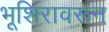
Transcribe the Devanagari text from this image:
भूशिरावरून